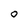
Character: O